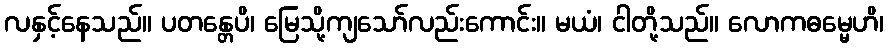
လနှင့်နေသည်။ ပတန္တေပိ၊ မြေသို့ကျသော်လည်းကောင်း။ မယံ၊ ငါတို့သည်။ လောကဓမ္မေဟိ၊